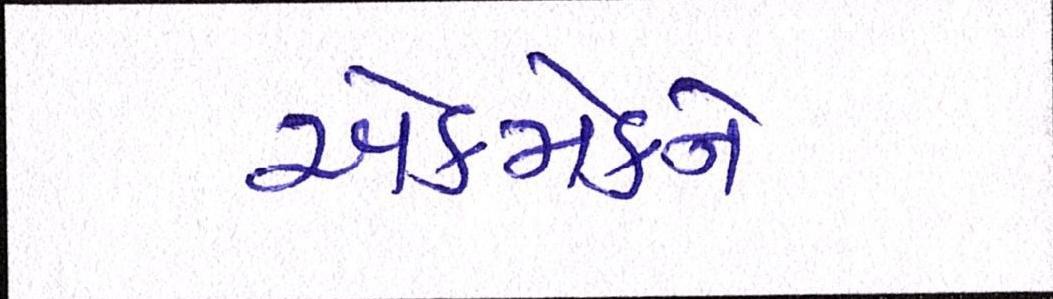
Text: એકમેકને